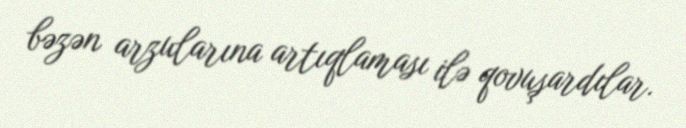
bəzən arzularına artıqlaması ilə qovuşardılar.